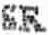
SR